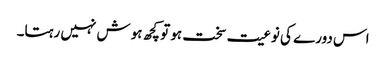
اس دورے کی نوعیت سخت ہو تو کچھ ہوش نہیں رہتا۔